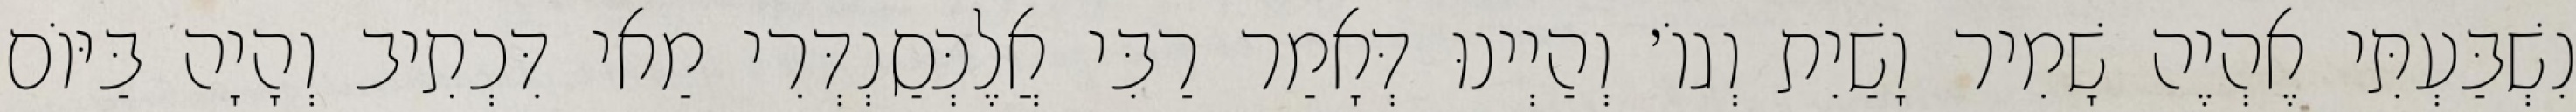
נִשְׁבַּעְתִּי אֶהְיֶה שָׁמִיר וָשַׁיִת וְגוֹ׳ וְהַיְינוּ דְּאָמַר רַבִּי אֲלֶכְּסַנְדְּרִי מַאי דִּכְתִיב וְהָיָה בַּיּוֹם